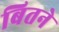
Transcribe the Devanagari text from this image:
बितने